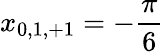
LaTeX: x_{0,1,+1}=-\frac{\pi}{6}